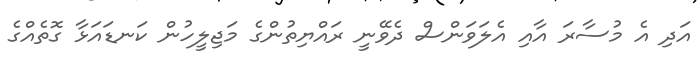
އަދި އެ މުސާރަ އާއި އެލަވަންސް ދެވޭނީ ރައްޔިތުންގެ މަޖިލީހުން ކަނޑައަޅާ ގޮތެއްގެ